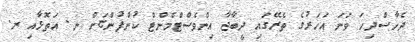
ދެހާސްދިހަ ވަނަ އަހަރުގެ ތެރޭގައި ދީބާޖާ އިންވެސްޓްމެންޓް ކުންފުންޏަށް ނ. އަތޮޅާއި ރ.